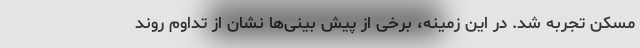
مسکن تجربه شد. در این زمینه، برخی از پیش بینی‌ها نشان از تداوم روند